Civil Veterinary Dept. Bombay admin report 1907-1913 - 1907-1913
Year: 1907
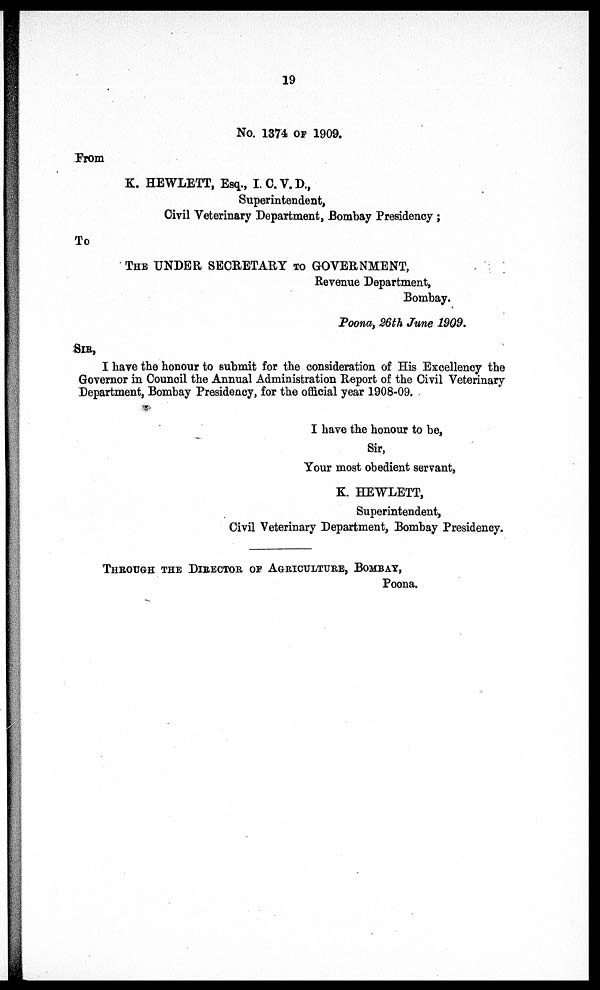
19
No. 1374 of 1909.
From
K. HEWLETT, ESQ., I.C.V.D.,
Superintendent, Civil Veterinary Department, Bombay Presidency ;
To
The UNDER SECRETARY TO GOVERNMENT,
Revenue Department,
Bombay.
Poona, 26th June 1909.
SIR,
I have the honour to submit for the consideration of His Excellency the Governor in Council the Annual Administration Repo
I have the honour to be, Sir, Your most obedient servant,
K. HEWLETT,
Superintendent, Civil Veterinary Department, Bombay Presidency.
THROUGH THE DIRECTOR OF AGRICULTURE, BOMBAY,
Poona.